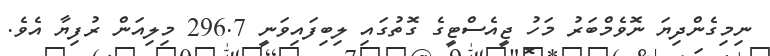
ނިމިގެންދިޔަ ނޮވެމްބަރު މަހު ޖީއެސްޓީގެ ގޮތުގައި ލިބިފައިވަނީ 296.7 މިލިއަން ރުފިޔާ އެވެ.